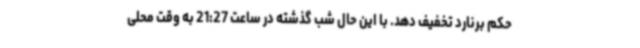
حکم برنارد تخفیف دهد. با این حال شب گذشته در ساعت 21:27 به وقت محلی